Civil Veterinary Dept. Bombay admin report 1932-41 - 1932-1941
Year: 1932
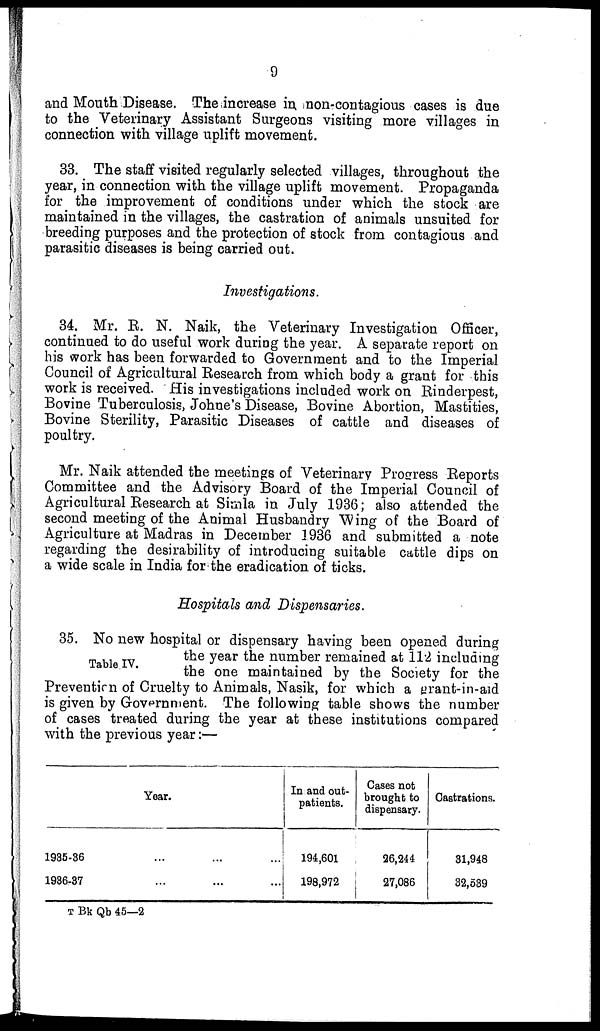
9
and Mouth Disease. The increase in non-contagious cases is due
to the Veterinary Assistant Surgeons visiting more villages in
connection with village uplift movement.
33. The staff visited regularly selected villages, throughout the
year, in connection with the village uplift movement. Propaganda
for the improvement of conditions under which the stock are
maintained in the villages, the castration of animals unsuited for
breeding purposes and the protection of stock from contagious and
parasitic diseases is being carried out.
Investigations.
34. Mr. R. N. Naik, the Veterinary Investigation Officer,
continued to do useful work during the year. A separate report on
his work has been forwarded to Government and to the Imperial
Council of Agricultural Research from which body a grant for this
work is received. His investigations included work on Rinderpest,
Bovine Tuberculosis, Johne's Disease, Bovine Abortion, Mastities,
Bovine Sterility, Parasitic Diseases of cattle and diseases of
poultry.
Mr. Naik attended the meetings of Veterinary Progress Reports
Committee and the Advisory Board of the Imperial Council of
Agricultural Research at Simla in July 1936; also attended the
second meeting of the Animal Husbandry Wing of the Board of
Agriculture at Madras in December 1936 and submitted a note
regarding the desirability of introducing suitable cattle dips on
a wide scale in India for the eradication of ticks.
Hospitals and Dispensaries.
Table IV.
35. No new hospital or dispensary having been opened during
the year the number remained at 112 including
the one maintained by the Society for the
Prevention of Cruelty to Animals, Nasik, for which a grant-in-aid
is given by Government. The following table shows the number
of cases treated during the year at these institutions compared
with the previous year:—
Year.
1935-36 ... ... ...
1936-37 ... ... ...
In and out-
patients.
194,601
198,972
Case not
brought to
dispensary.
26,244
27,086
Castrations.
31,948
32,589
T Bk Qb 45—2